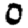
Digit: 0